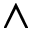
\land